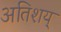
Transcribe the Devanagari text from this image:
अतिशय्